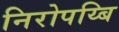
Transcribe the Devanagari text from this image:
निरोपय्बि